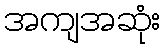
အကျအဆုံး